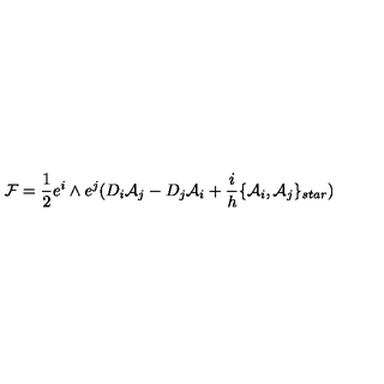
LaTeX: { \cal { F } } = \frac { 1 } { 2 } e ^ { i } \wedge e ^ { j } ( D _ { i } { \cal { A } } _ { j } - D _ { j } { \cal { A } } _ { i } + \frac { i } { h } \{ { \cal { A } } _ { i } , { \cal { A } } _ { j } \} _ { s t a r } )